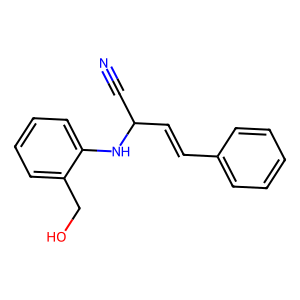
SMILES: N#CC(C=Cc1ccccc1)Nc1ccccc1CO
Inhibits HIV replication: No